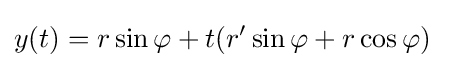
y(t)=r\sin \varphi +t(r'\sin \varphi +r\cos \varphi )\